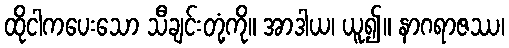
ထိုငါကပေးသော သီချင်းတုံ့ကို။ အာဒါယ၊ ယူ၍။ နာဂရာဇဿ၊